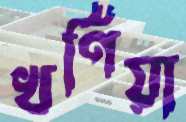
খর্ণিয়া